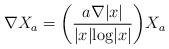
LaTeX: \begin{align*}\begin{array}{ll}\nabla X_a = \biggl(\displaystyle\frac{a \nabla |x|}{|x| \textrm{log} |x|}\biggl) X_a\end{array} \end{align*}